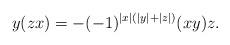
LaTeX: \begin{align*}y(zx)=-(-1)^{\vert x\vert (\vert y\vert+\vert z\vert)}(xy)z.\end{align*}